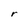
Character: r